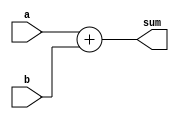
module adder
	#(parameter Width = 8)
	(input [Width-1:0]	a,b,
	output [Width-1:0]	sum);
	
	assign sum = a+b;
endmodule